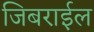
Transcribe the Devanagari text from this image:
जिबराईल